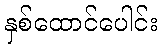
နှစ်ထောင်ပေါင်း